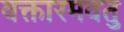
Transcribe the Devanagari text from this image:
वक्तारमवतु